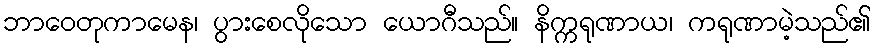
ဘာဝေတုကာမေန၊ ပွားစေလိုသော ယောဂီသည်။ နိက္ကရုဏာယ၊ ကရုဏာမဲ့သည်၏